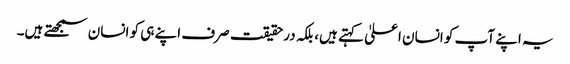
یہ اپنے آپ کو انسان اعلیٰ کہتے ہیں، بلکہ درحقیقت صرف اپنے ہی کو انسان سمجھتے ہیں۔